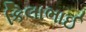
કિલાભાઈ